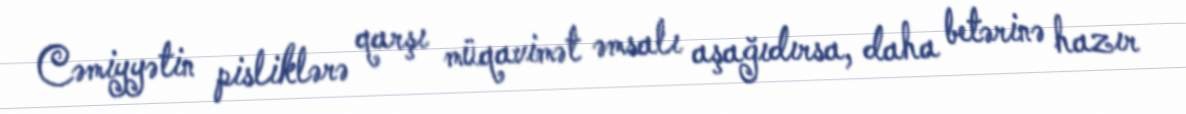
Cəmiyyətin pisliklərə qarşı müqavimət əmsalı aşağıdırsa, daha betərinə hazır